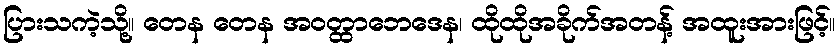
ပြားသကဲ့သို့။ တေန တေန အဝတ္ထာဘေဒေန၊ ထိုထိုအခိုက်အတန့် အထူးအားဖြင့်။